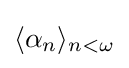
\langle \alpha _{n}\rangle _{n<\omega }